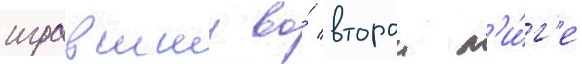
игравшии во́ второи л'и́г'е